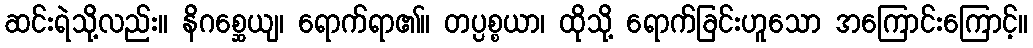
ဆင်းရဲသို့လည်း။ နိဂစ္ဆေယျ၊ ရောက်ရာ၏။ တပ္ပစ္စယာ၊ ထိုသို့ ရောက်ခြင်းဟူသော အကြောင်းကြောင့်။